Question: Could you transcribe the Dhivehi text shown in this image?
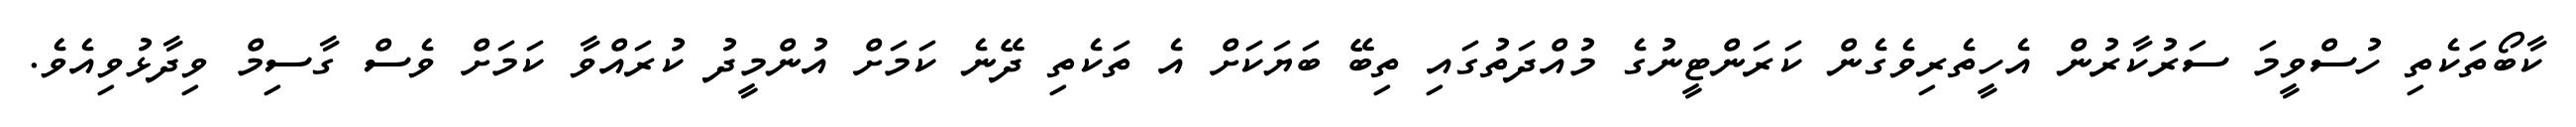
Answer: ކާބޯތަކެތި ހުސްވީމަ ސަރުކާރުން އެހީތެރިވެގެން ކަރަންޓީނުގެ މުއްދަތުގައި ތިބޭ ބަޔަކަށް އެ ތަކެތި ދޭނެ ކަމަށް އުންމީދު ކުރައްވާ ކަމަށް ވެސް ގާސިމް ވިދާޅުވިއެވެ.